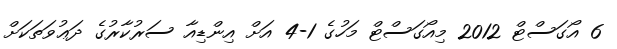
6 އޯގަސްޓް 2012 މިއޯގަސްޓް މަހުގެ 1-4 އަށް އިންޑިއާ ސަރުކާރުގެ ދަޢުވަތަކަށް